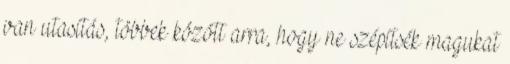
van utasítás, többek között arra, hogy ne szépítsék magukat